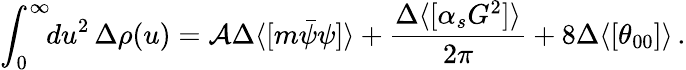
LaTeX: \int_{0}^{\infty}\! \! du^{2}\, \Delta\rho(u)=\mathcal{A}\Delta\langle[m\bar{{\psi}}\psi]\rangle+{\frac{{\Delta\langle[\alpha_{s}G^{2}]\rangle}}{{2\pi}}}+8\Delta\langle[\theta_{00}]\rangle\, .